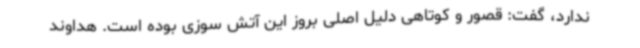
ندارد، گفت: قصور و کوتاهی دلیل اصلی بروز این آتش سوزی بوده است. هداوند